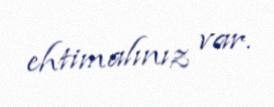
ehtimalınız var.